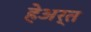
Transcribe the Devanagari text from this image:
हेअर्त